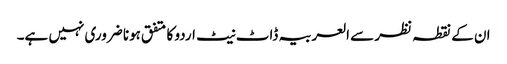
ان کے نقطہ نظر سے العربیہ ڈاٹ نیٹ اردو کا متفق ہونا ضروری نہیں ہے۔